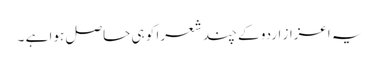
یہ اعزاز اردو کے چند شعرا کو ہی حاصل ہوا ہے ۔